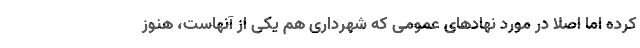
کرده اما اصلا در مورد نهادهای عمومی که شهرداری هم یکی از آنهاست، هنوز